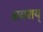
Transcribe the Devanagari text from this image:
अवशय्